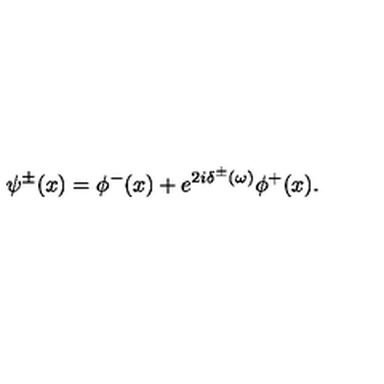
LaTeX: \psi ^ { \pm } ( x ) = \phi ^ { - } ( x ) + e ^ { 2 i \delta ^ { \pm } ( \omega ) } \phi ^ { + } ( x ) .